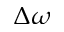
\Delta \omega